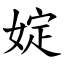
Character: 婝